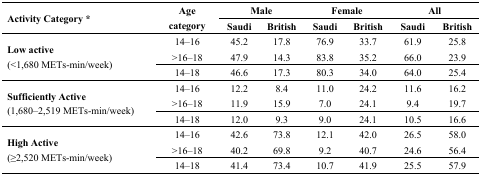
<table><thead><tr><td rowspan="2"><b>Activity Category *</b></td><td rowspan="2"><b>Age category</b></td><td colspan="2"><b>Male</b></td><td colspan="2"><b>Female</b></td><td colspan="2"><b>All</b></td></tr><tr><td><b>Saudi</b></td><td><b>British</b></td><td><b>Saudi</b></td><td><b>British</b></td><td><b>Saudi</b></td><td><b>British</b></td></tr></thead><tbody><tr><td rowspan="3"><b>Low active</b>(&lt;1,680 METs-min/week)</td><td>14–16</td><td>45.2</td><td>17.8</td><td>76.9</td><td>33.7</td><td>61.9</td><td>25.8</td></tr><tr><td>&gt;16–18</td><td>47.9</td><td>14.3</td><td>83.8</td><td>35.2</td><td>66.0</td><td>23.9</td></tr><tr><td>14–18</td><td>46.6</td><td>17.3</td><td>80.3</td><td>34.0</td><td>64.0</td><td>25.4</td></tr><tr><td rowspan="3"><b>Sufficiently Active</b>(1,680–2,519 METs-min/week)</td><td>14–16</td><td>12.2</td><td>8.4</td><td>11.0</td><td>24.2</td><td>11.6</td><td>16.2</td></tr><tr><td>&gt;16–18</td><td>11.9</td><td>15.9</td><td>7.0</td><td>24.1</td><td>9.4</td><td>19.7</td></tr><tr><td>14–18</td><td>12.0</td><td>9.3</td><td>9.0</td><td>24.1</td><td>10.5</td><td>16.6</td></tr><tr><td rowspan="3"><b>High Active</b>(≥2,520 METs-min/week)</td><td>14–16</td><td>42.6</td><td>73.8</td><td>12.1</td><td>42.0</td><td>26.5</td><td>58.0</td></tr><tr><td>&gt;16–18</td><td>40.2</td><td>69.8</td><td>9.2</td><td>40.7</td><td>24.6</td><td>56.4</td></tr><tr><td>14–18</td><td>41.4</td><td>73.4</td><td>10.7</td><td>41.9</td><td>25.5</td><td>57.9</td></tr></tbody></table>